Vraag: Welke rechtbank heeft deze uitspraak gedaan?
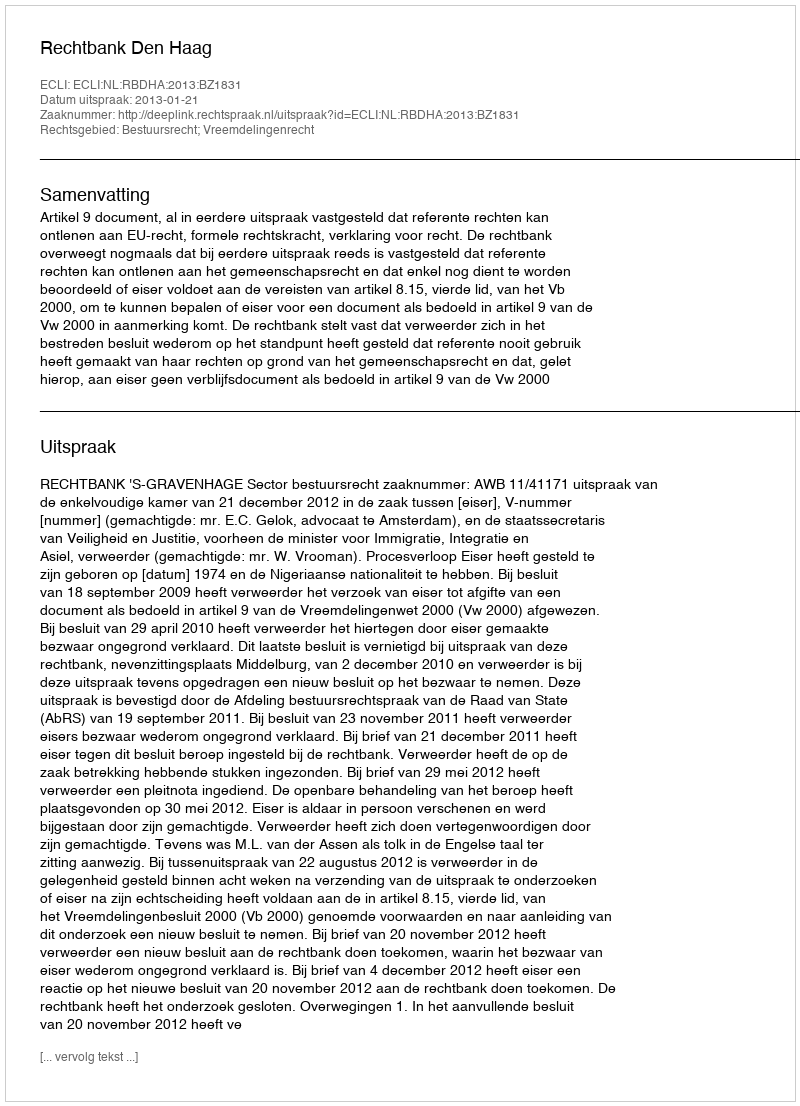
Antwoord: Rechtbank Den Haag